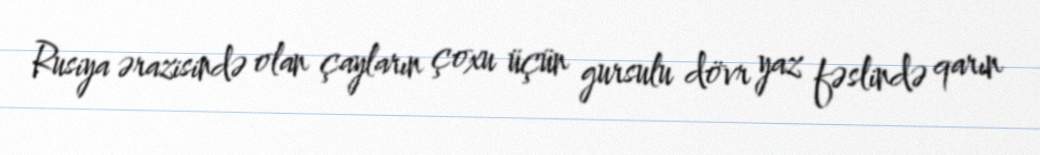
Rusiya ərazisində olan çayların çoxu üçün gursulu dövr yaz fəslində qarın